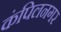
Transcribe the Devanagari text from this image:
कंपिलनगर